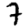
Digit: 7